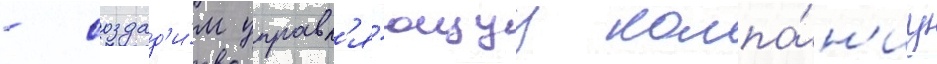
- создад'и́м управл'я́ющуу компа́н'иу